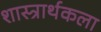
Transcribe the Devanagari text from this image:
शास्त्रार्थकला